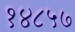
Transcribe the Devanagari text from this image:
१४८५७